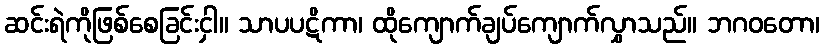
ဆင်းရဲကိုဖြစ်စေခြင်းငှါ။ သာပပဋိကာ၊ ထိုကျောက်ချပ်ကျောက်လွှာသည်။ ဘဂဝတော၊